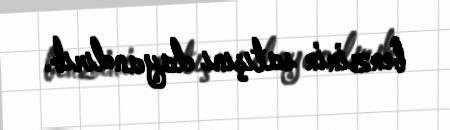
benzinin satışını dayandırıb.